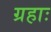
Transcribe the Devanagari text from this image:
ग्रहाः